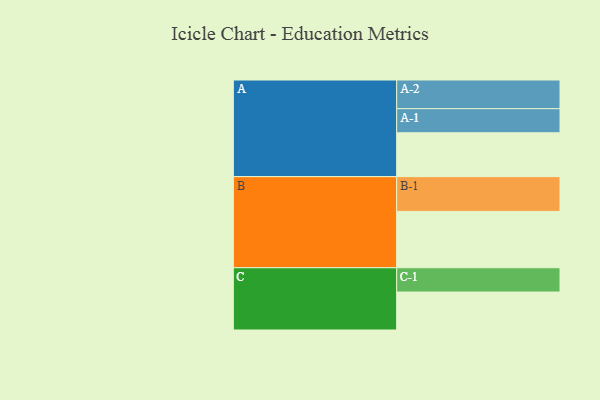
{"axis": {"x": "Segment", "y": "Value"}, "legend": ["", "A", "B", "C"], "data": [{"x": "A", "y": 370, "type": ""}, {"x": "B", "y": 475, "type": ""}, {"x": "C", "y": 320, "type": ""}, {"x": "A-1", "y": 203, "type": "A"}, {"x": "A-2", "y": 242, "type": "A"}, {"x": "B-1", "y": 293, "type": "B"}, {"x": "C-1", "y": 205, "type": "C"}]}